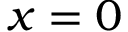
x = 0